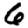
Digit: 6